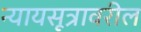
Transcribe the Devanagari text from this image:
न्यायसूत्रावरील